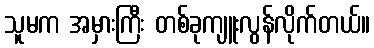
သူမက အမှားကြီး တစ်ခုကျူးလွန်လိုက်တယ်။